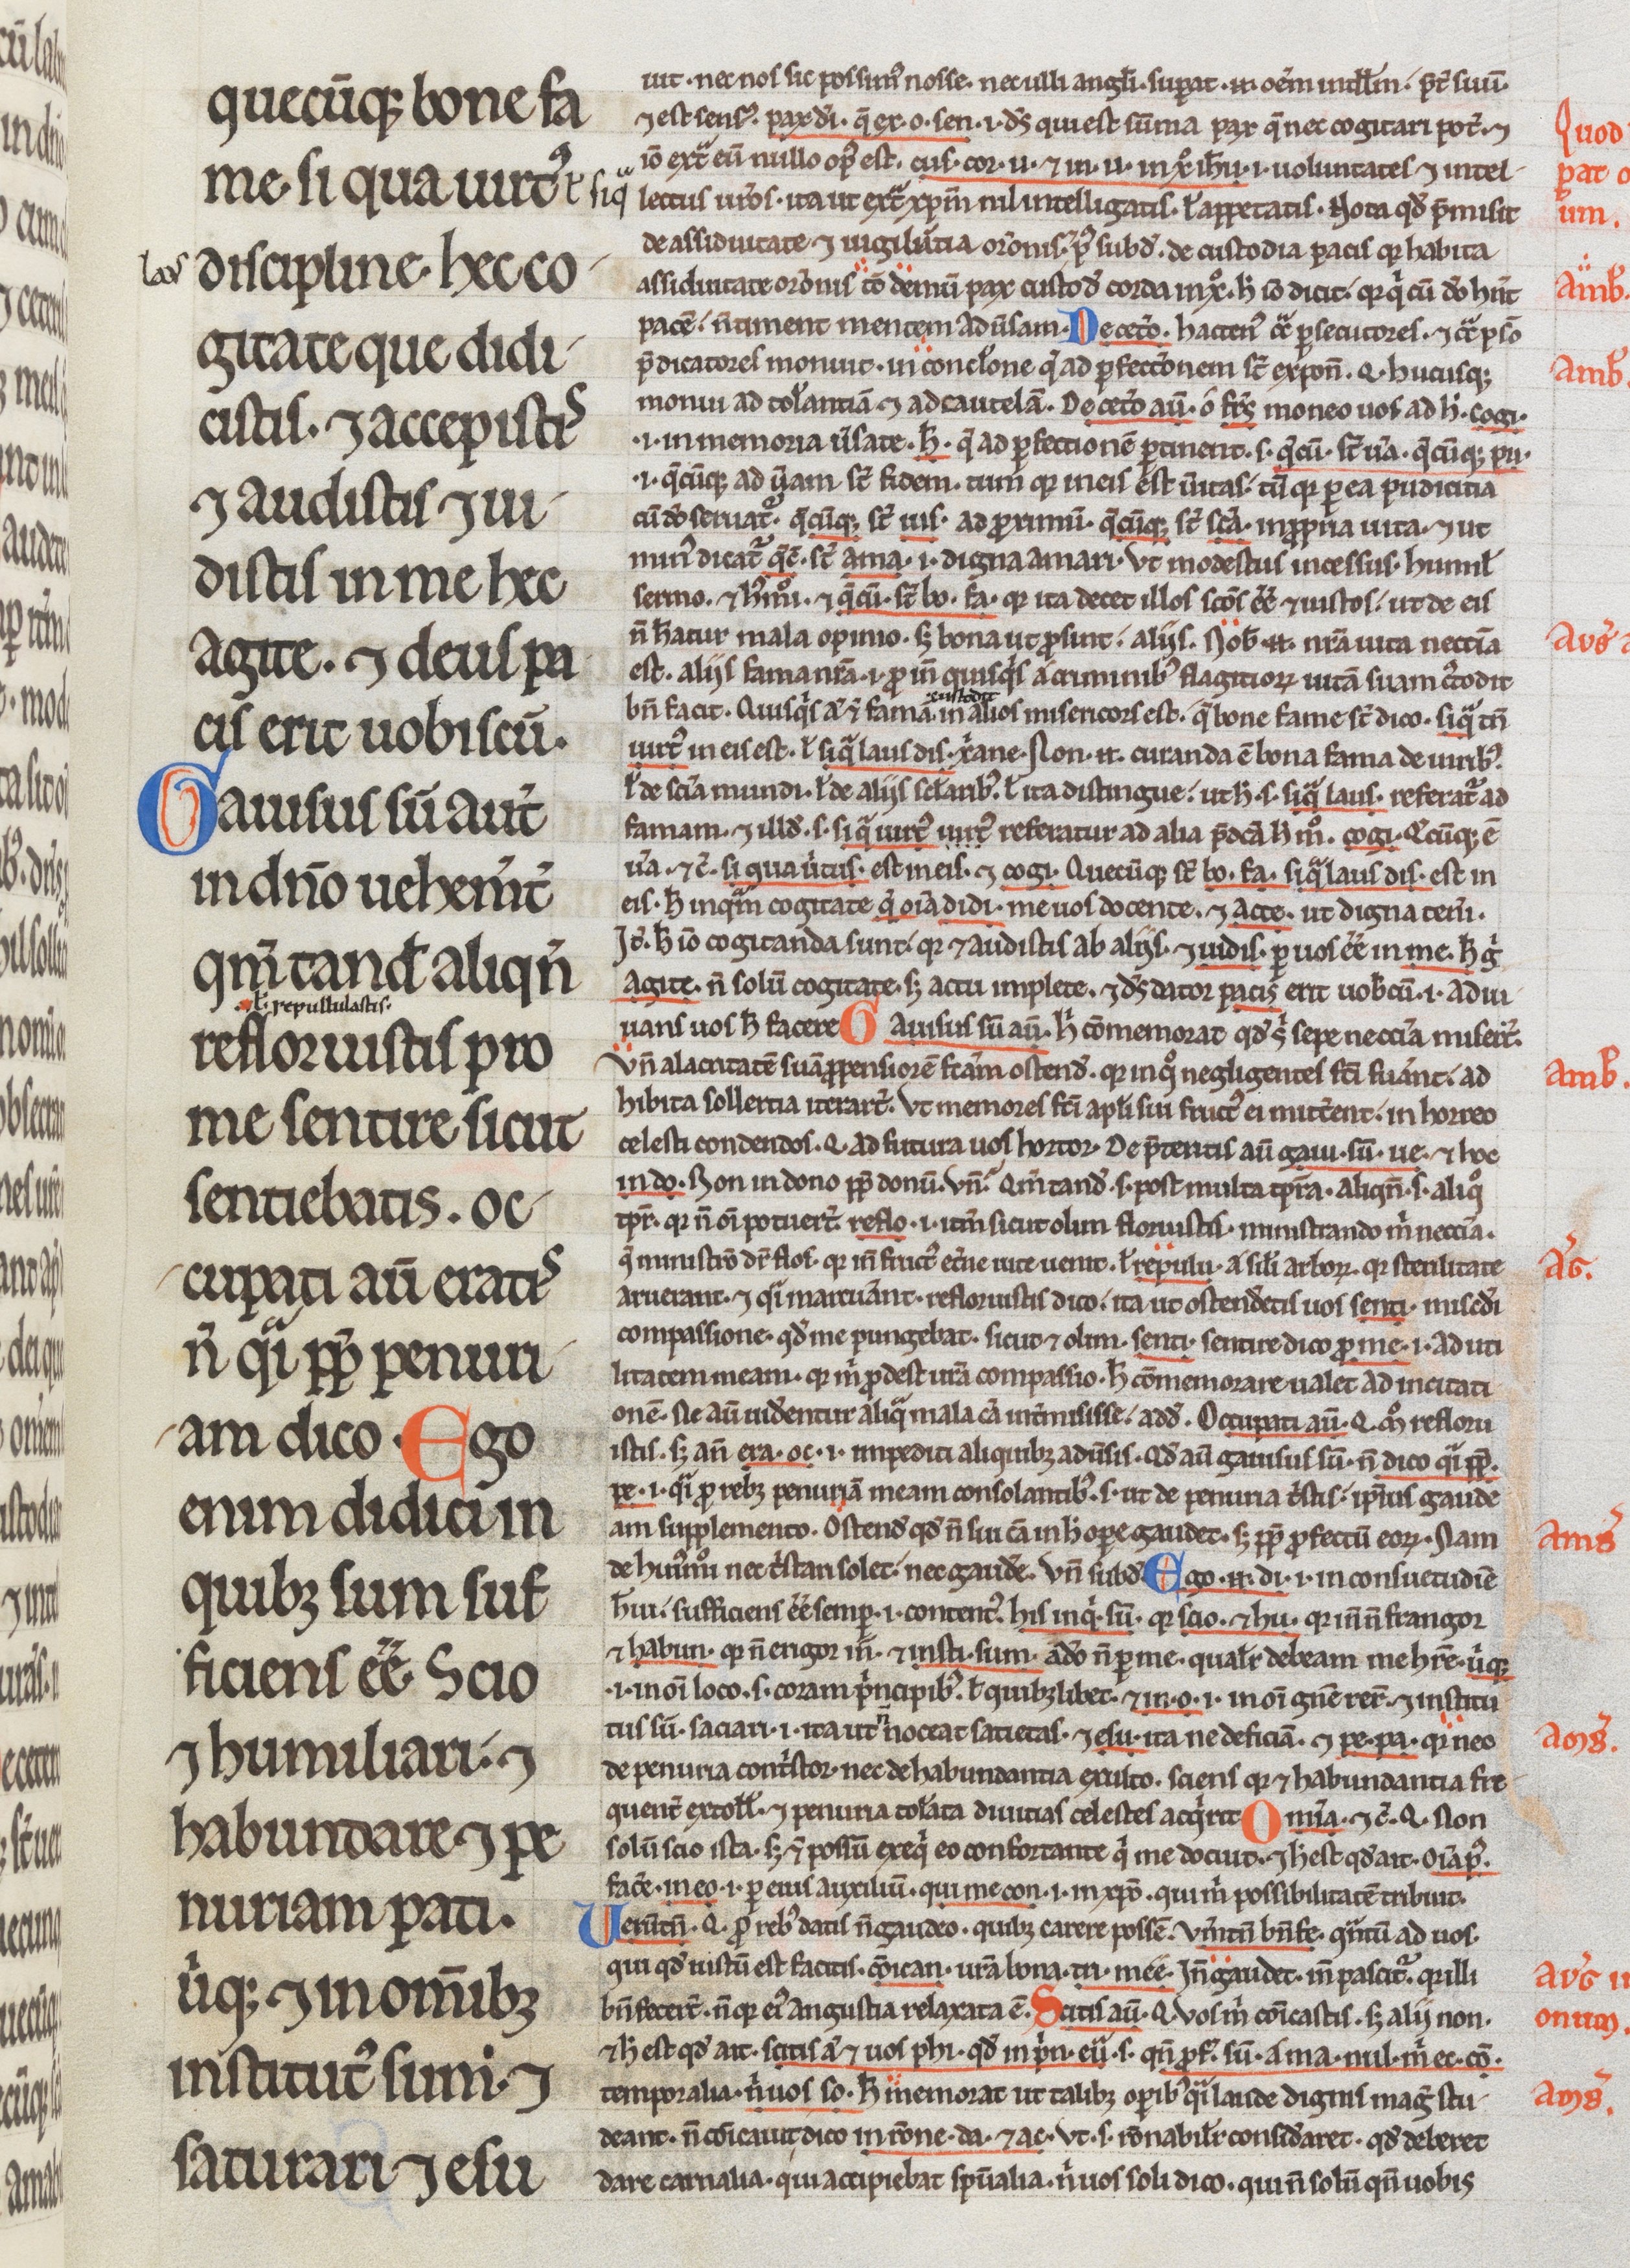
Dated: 1200–1299